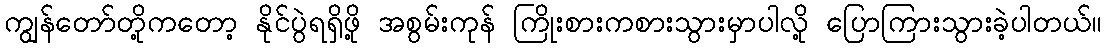
ကျွန်တော်တို့ကတော့ နိုင်ပွဲရရှိဖို့ အစွမ်းကုန် ကြိုးစားကစားသွားမှာပါလို့ ပြောကြားသွားခဲ့ပါတယ်။